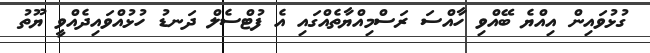
ގުޅުވައިން އިއްޔެ ބޭއްވި ހާއްސަ ރަސްމިއްޔާތެއްގައި އެ ފުޓްސެލް ދަނޑު ހުޅުއްވައިދެއްވީ ޔޫތު